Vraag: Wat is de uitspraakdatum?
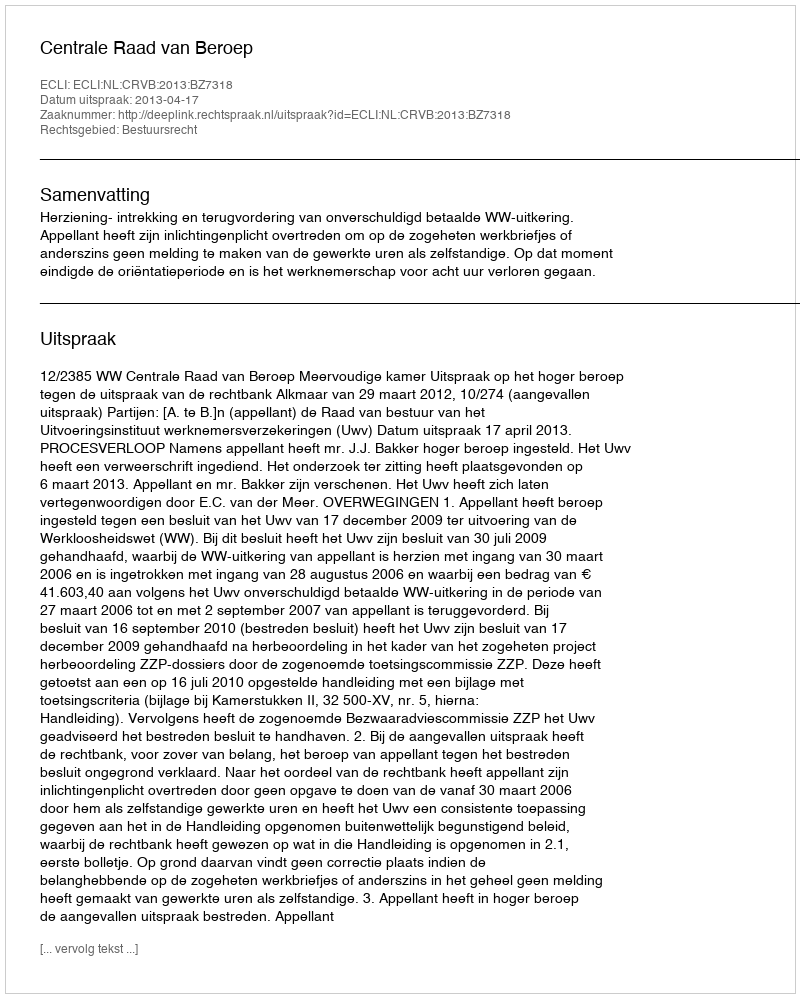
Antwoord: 2013-04-17